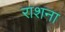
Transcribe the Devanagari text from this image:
राशना